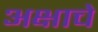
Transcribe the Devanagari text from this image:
अक्षाचे